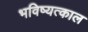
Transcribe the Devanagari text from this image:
भविष्यत्काल